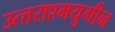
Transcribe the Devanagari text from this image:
उत्त्तराश्मयुगीन